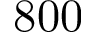
8 0 0